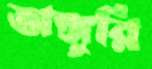
অঙ্গুরি